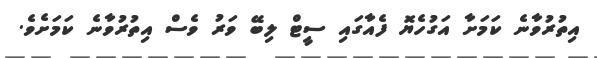
އިތުރުވާނެ ކަމަށާ އަގުހެޔޮ ފެއާގައި ސީޓް ލިބޭ ވަރު ވެސް އިތުރުވާނެ ކަމަށެވެ.